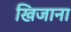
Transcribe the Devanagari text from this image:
खिजाना